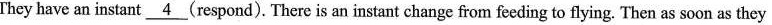
They have an instant 4(respond). There is an instant change from feeding to flying. Then as soon as they